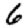
Digit: 6